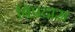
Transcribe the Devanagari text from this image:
बिप्रदास